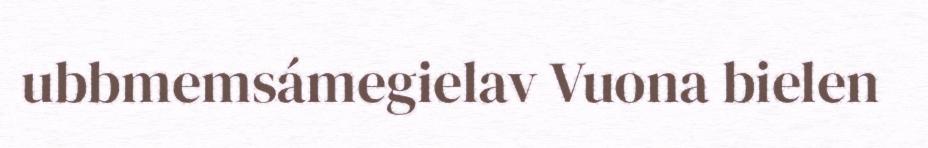
ubbmemsámegielav Vuona bielen